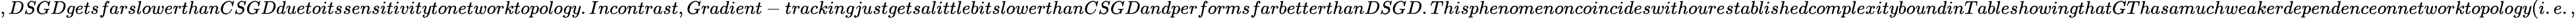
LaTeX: ,DSGDgetsfarslowerthanCSGDduetoitssensitivitytonetworktopology.Incontrast,Gradient-trackingjustgetsalittlebitslowerthanCSGDandperformsfarbetterthanDSGD.ThisphenomenoncoincideswithourestablishedcomplexityboundinTableshowingthatGThasamuchweakerdependenceonnetworktopology(i.e.,